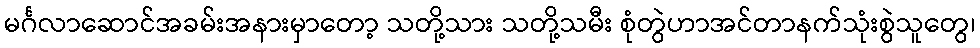
မင်္ဂလာဆောင်အခမ်းအနားမှာတော့ သတို့သား သတို့သမီး စုံတွဲဟာအင်တာနက်သုံးစွဲသူတွေ၊